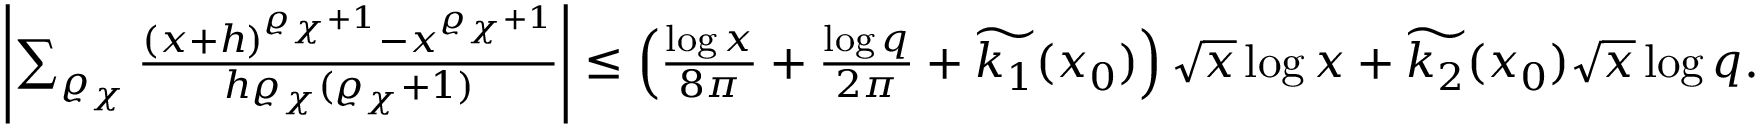
\begin{array} { r } { \left| \sum _ { \varrho _ { \chi } } \frac { ( x + h ) ^ { \varrho _ { \chi } + 1 } - x ^ { \varrho _ { \chi } + 1 } } { h \varrho _ { \chi } ( \varrho _ { \chi } + 1 ) } \right| \leq \left( \frac { \log { x } } { 8 \pi } + \frac { \log { q } } { 2 \pi } + \widetilde { k _ { 1 } } ( x _ { 0 } ) \right) \sqrt { x } \log { x } + \widetilde { k _ { 2 } } ( x _ { 0 } ) \sqrt { x } \log { q } . } \end{array}